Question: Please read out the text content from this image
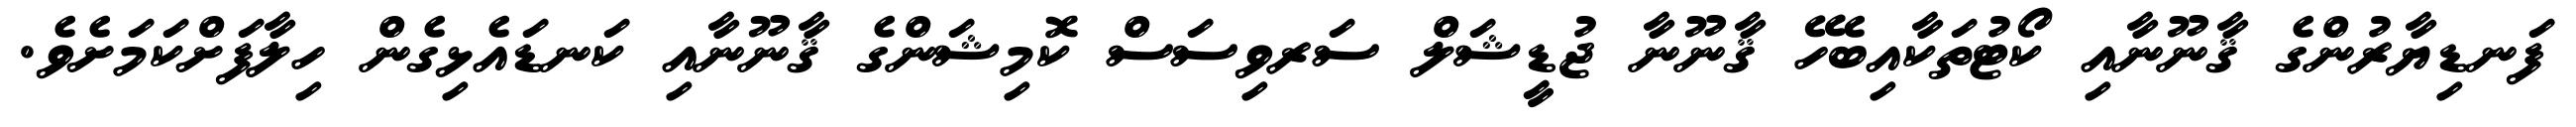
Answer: ފަނޑިޔާރުންގެ ޤާނޫނާއި ކޯޓުތަކާއިބެހޭ ޤާނޫނާ ޖުޑީޝަލް ސަރވިސަސް ކޮމިޝަންގެ ޤާނޫނާއި ކަނޑައެޅިގެން ހިލާފަށްކަމަށެވެ.